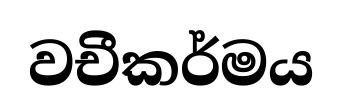
වචීකර්මය